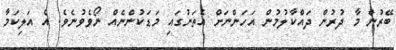
ބޭރުން މާ ދުރުން ދައްކާލުމުން އަހަންނަށް އެތަނުގައި މަޑަކުންނެއް ނޯވެވުނެވެ. އެ އަލިކަމާ